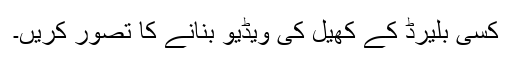
کسی بلیرڈ کے کھیل کی ویڈیو بنانے کا تصوّر کریں۔